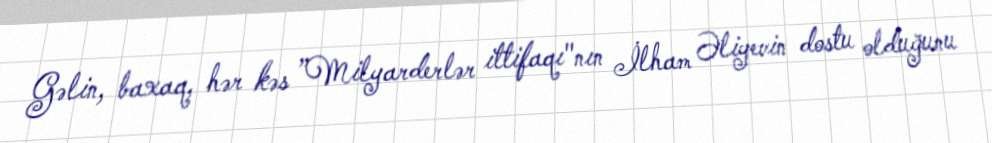
Gəlin, baxaq, hər kəs ”Milyarderlər ittifaqı"nın İlham Əliyevin dostu olduğunu